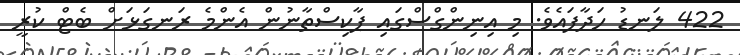
422 ލަނޑު ހަދާފައެވެ. މި އިނިންގްސްގައި ޕާކިސްތާނުން އެންމެ ރަނގަޅަށް ބެޓް ކުރީ